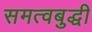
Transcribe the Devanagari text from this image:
समत्वबुद्धी